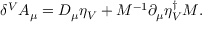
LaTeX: \delta ^ { V } A _ { \mu } = D _ { \mu } \eta _ { V } + M ^ { - 1 } \partial _ { \mu } \eta _ { V } ^ { \dagger } M .